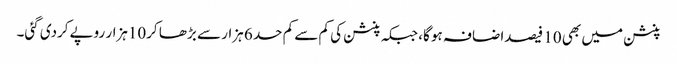
پنشن میں بھی 10 فیصداضافہ ہو گا، جبکہ پنشن کی کم سے کم حد 6 ہزار سے بڑھا کر10ہزار روپےکردی گئی۔